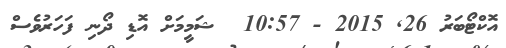
އޮކްޓޯބަރު 26